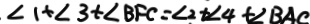
\angle 1 + \angle 3 + \angle B F C = \angle 2 + \angle 4 + \angle B A C